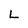
Character: L